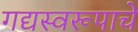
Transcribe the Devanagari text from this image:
गद्यस्वरूपाचे